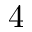
4